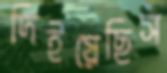
দিইয়েছিস